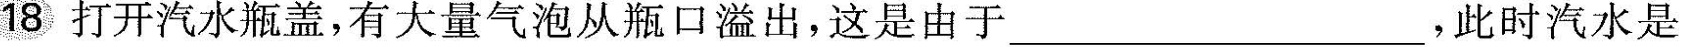
18打开汽水瓶盖，有大量气泡从瓶口溢出，这是由于___，此时汽水是